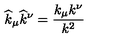
\widehat { k } _ { \mu } \widehat { k } ^ { \nu } = \frac { k _ { \mu } k ^ { \nu } } { k ^ { 2 } }